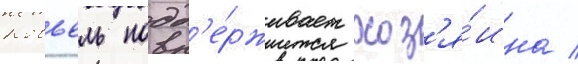
Ковьель подд'е́рживает хоз'я́ина /